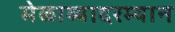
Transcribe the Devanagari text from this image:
मेळाव्यादरम्यान